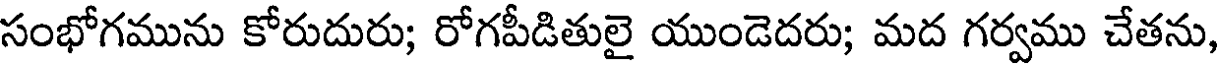
సంభోగమును కోరుదురు; రోగపీడితులై యుండెదరు; మద గర్వము చేతను,